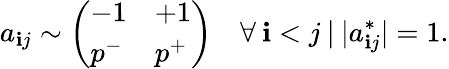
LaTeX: a_{\mathbf{i}j}\sim\left(\begin{array}{ll}{-1}&{+1}\\ {p^{-}}&{p^{+}}\end{array}\right)\quad\forall\: \mathbf{i}<j\: |\: |a_{\mathbf{i}j}^{*}|=1.